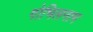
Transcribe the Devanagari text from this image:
गोभिलनाम